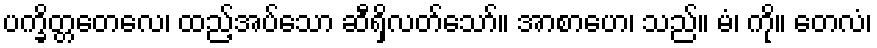
ပက္ခိတ္တတေလေ၊ ထည့်အပ်သော ဆီရှိလတ်သော်။ အာစာဟေ၊ သည်။ မံ၊ ကို။ တေလံ၊